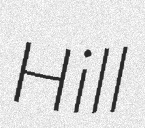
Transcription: Hill